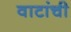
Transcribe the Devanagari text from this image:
वाटांची